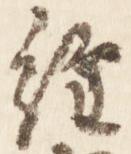
経